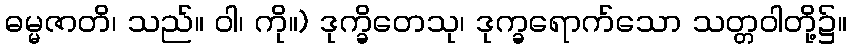
ဓမ္မဇာတိ၊ သည်။ ဝါ၊ ကို။) ဒုက္ခိတေသု၊ ဒုက္ခရောက်သော သတ္တဝါတို့၌။